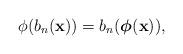
LaTeX: \begin{align*}\phi(b_n(\mathbf{x}))=b_n(\boldsymbol\phi (\mathbf{x})),\end{align*}